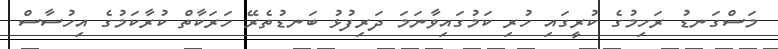
މަސްގަނޑު ރަހިމުގެ ކުރީގައި ހުރި ކަމުގައިވާނަމަ ދަރިފުޅު ބަނޑުތެރޭ ހަރަކާތް ކުރާކަމުގެ އިހުސާސް